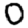
Digit: 0